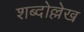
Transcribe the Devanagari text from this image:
शब्दोल्लेख